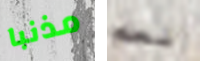
مذنبا نعم